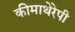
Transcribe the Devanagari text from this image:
कीमाथेरेपी